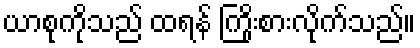
ယာစုကိုသည် ထရန် ကြိုးစားလိုက်သည်။